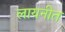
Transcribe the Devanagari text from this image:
लायनीत